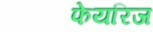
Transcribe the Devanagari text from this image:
फेयरिज